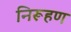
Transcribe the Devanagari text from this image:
निरूहण